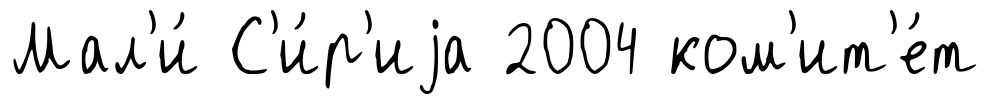
Мал'и́ С'и́р'иjа 2004 ком'ит'е́т